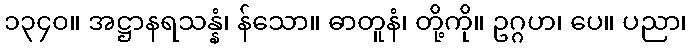
၁၃၄၀။ အဋ္ဌာနရသန္နံ၊ န်သော။ ဓာတူနံ၊ တို့ကို။ ဥဂ္ဂဟ၊ ပေ။ ပညာ၊